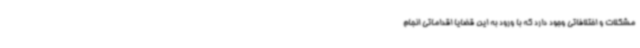
مشکلات و اختلافاتی وجود دارد که با ورود به این قضایا اقداماتی انجام